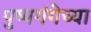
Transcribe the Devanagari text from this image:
पुष्पगंगेच्या